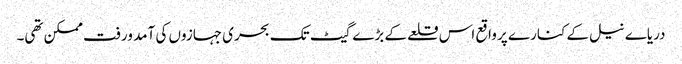
دریاے نیل کے کنارے پر واقع اس قلعے کے بڑے گیٹ تک بحری جہازوں کی آمد ورفت ممکن تھی۔